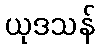
ယုဒသန်